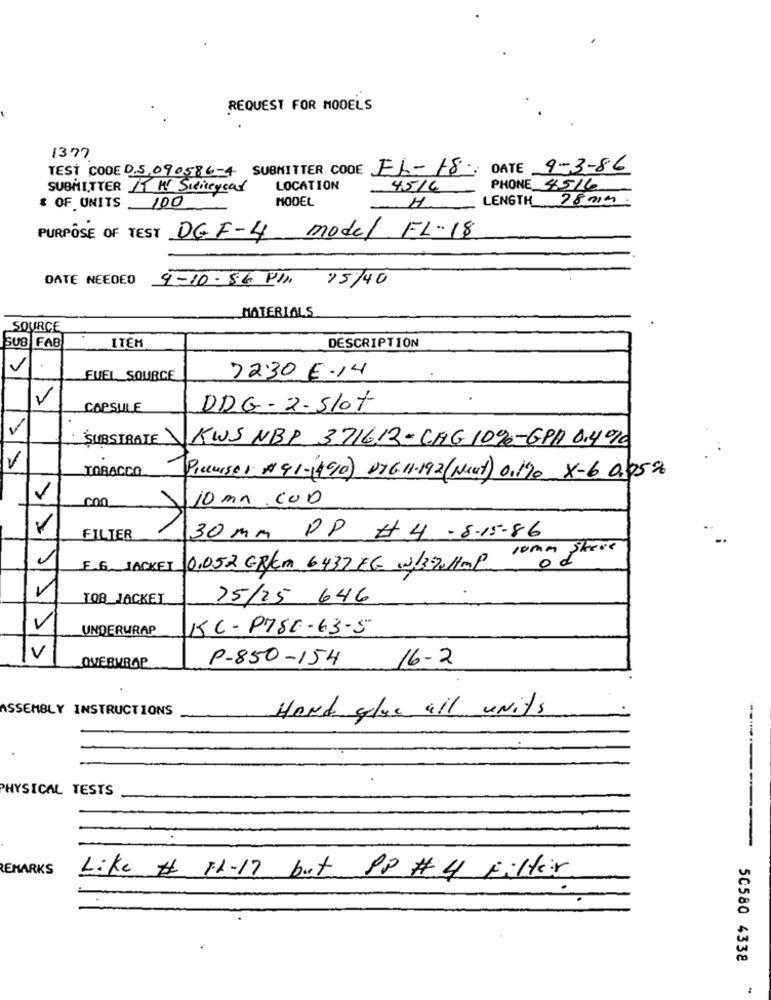
REQUEST FOR MODELS
1377
TESİ CODE D.5.090586-4 SUBMITTER CODE FL-18; DATE 9-3-86
SUBMITTER KT WY Siticeyeat
LOCATION
45/6
PHONE 45/6
MODEL
LENGTH 28 mm.
* OF UNITS 100
H.
PURPOSE OF TEST DEF-4 model FL-18
DATE NEEDED 9-10-86 PIN 15/40
MATERIALS.
SOURCE
SUB FAB
ITEM
DESCRIPTION
V
FUEL SOURCE
7230 E-14
V
CAPSULE
DDG-2-Slot
V
SUBSTRATE
KWS NBP 371612-CHG 10%-GPA 0.476
TOBACCO
Premise I #41-14910) 176.11-192(Next) 01190 X-6 0.05%
con
10 mn.coD
11
FILTER
30 mm PP # 4 -8-15.86
comm skeve
E.G. JACKET
0.052 GR/m 6437 EG .3137.11mp
IQ8 JACKET
25/25 646
V
UNDERWRAP
KC-P786-63-5
V
P-850-154
16 -2
OVERKROP
ASSEMBLY INSTRUCTIONS
Hand glue all units
PHYSICAL TESTS
-------
REMARKS
Like # 11-17 but PP # 4 Filter
50580 4338
-